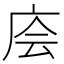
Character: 𰏶